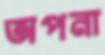
অপনা